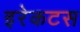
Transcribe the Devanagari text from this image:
इरेकटस